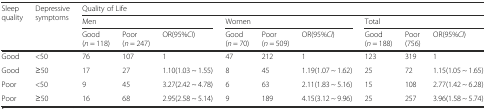
<table><thead><tr><td rowspan="3"><b>Sleep quality</b></td><td rowspan="3"><b>Depressive symptoms</b></td><td colspan="9"><b>Quality of Life</b></td></tr><tr><td colspan="3"><b>Men</b></td><td colspan="3"><b>Women</b></td><td colspan="3"><b>Total</b></td></tr><tr><td><b>Good (<i>n</i> = 118)</b></td><td><b>Poor (<i>n</i> = 247)</b></td><td><b>OR(95%<i>CI</i>)</b></td><td><b>Good (<i>n</i> = 70)</b></td><td><b>Poor (<i>n</i> = 509)</b></td><td><b>OR(95%<i>CI</i>)</b></td><td><b>Good (<i>n</i> = 188)</b></td><td><b>Poor (756)</b></td><td><b>OR(95%<i>CI</i>)</b></td></tr></thead><tbody><tr><td>Good</td><td>&lt;50</td><td>76</td><td>107</td><td>1</td><td>47</td><td>212</td><td>1</td><td>123</td><td>319</td><td>1</td></tr><tr><td>Good</td><td>≥50</td><td>17</td><td>27</td><td>1.10(1.03 ~ 1.55)</td><td>8</td><td>45</td><td>1.19(1.07 ~ 1.62)</td><td>25</td><td>72</td><td>1.15(1.05 ~ 1.65)</td></tr><tr><td>Poor</td><td>&lt;50</td><td>9</td><td>45</td><td>3.27(2.42 ~ 4.78)</td><td>6</td><td>63</td><td>2.11(1.83 ~ 5.16)</td><td>15</td><td>108</td><td>2.77(1.42 ~ 6.28)</td></tr><tr><td>Poor</td><td>≥50</td><td>16</td><td>68</td><td>2.95(2.58 ~ 5.14)</td><td>9</td><td>189</td><td>4.15(3.12 ~ 9.96)</td><td>25</td><td>257</td><td>3.96(1.58 ~ 5.74)</td></tr></tbody></table>